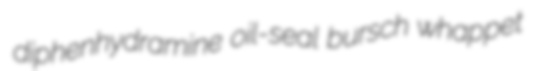
diphenhydramine oil-seal bursch whappet